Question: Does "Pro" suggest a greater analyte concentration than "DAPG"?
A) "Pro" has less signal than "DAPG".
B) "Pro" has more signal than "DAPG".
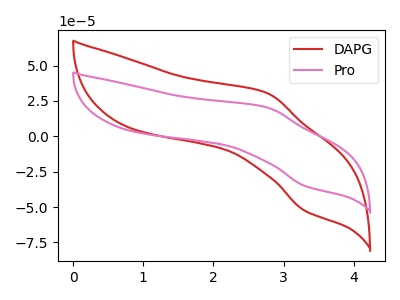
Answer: <think>The red curve "DAPG" has an anodic peak at (2.75V, 30.70uA) and a cathodic peak at (3.30V, -52.55uA). The pink curve "Pro" has an anodic peak at (2.75V, 20.50uA) and a cathodic peak at (3.30V, -35.05uA).
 All the peaks in "Pro" have a peak in "DAPG" at the same potential. Every peak in "Pro" is lower than every peak in "DAPG".</think>
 <answer>A) "Pro" has less signal than "DAPG".</answer>
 <eval>A</eval>